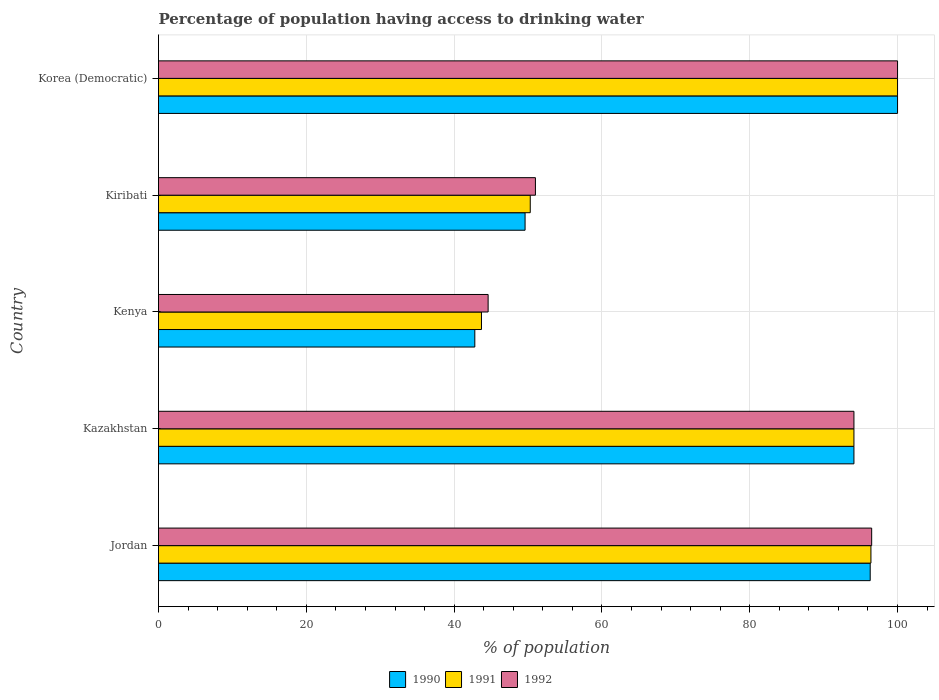
| Country | 1990 | 1991 | 1992 |
 | --- | --- | --- | --- |
 | Jordan | 96.3 | 96.4 | 96.5 |
 | Kazakhstan | 94.1 | 94.1 | 94.1 |
 | Kenya | 42.8 | 43.7 | 44.6 |
 | Kiribati | 49.6 | 50.3 | 51 |
 | Korea (Democratic) | 100 | 100 | 100 |